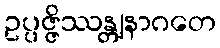
ဥပ္ပဇ္ဇိဿန္တျနာဂတေ